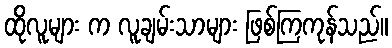
ထိုလူများ က လူချမ်းသာများ ဖြစ်ကြကုန်သည်။